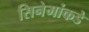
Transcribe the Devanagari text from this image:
सिनेमांकडे